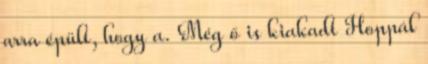
arra épült, hogy a. Még ő is kiakadt Hoppál